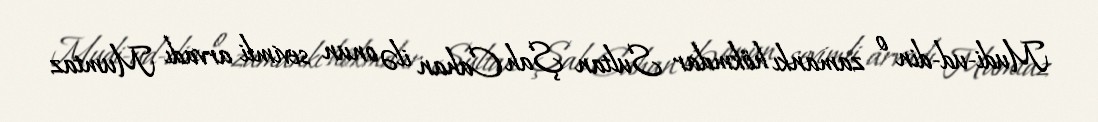
Mudi-ud-din o zamankı hökmdar Sultan Şah Cahan ilə onun sevimli arvadı Mumtaz